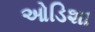
ઓડિશા